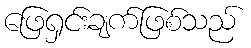
ဖြေရှင်းချက်ဖြစ်သည်